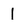
Character: 1